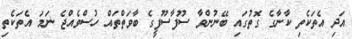
އަދި އެތަކެތި ކާނާގެ ގޮތުގައި ބޭނުންވާ ސޫފާސޫފީގެ ބާވަތްތައް ހުސްވެއްޖެ ނަމަ އެތަކެތި